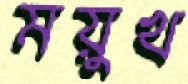
ময়ুখ